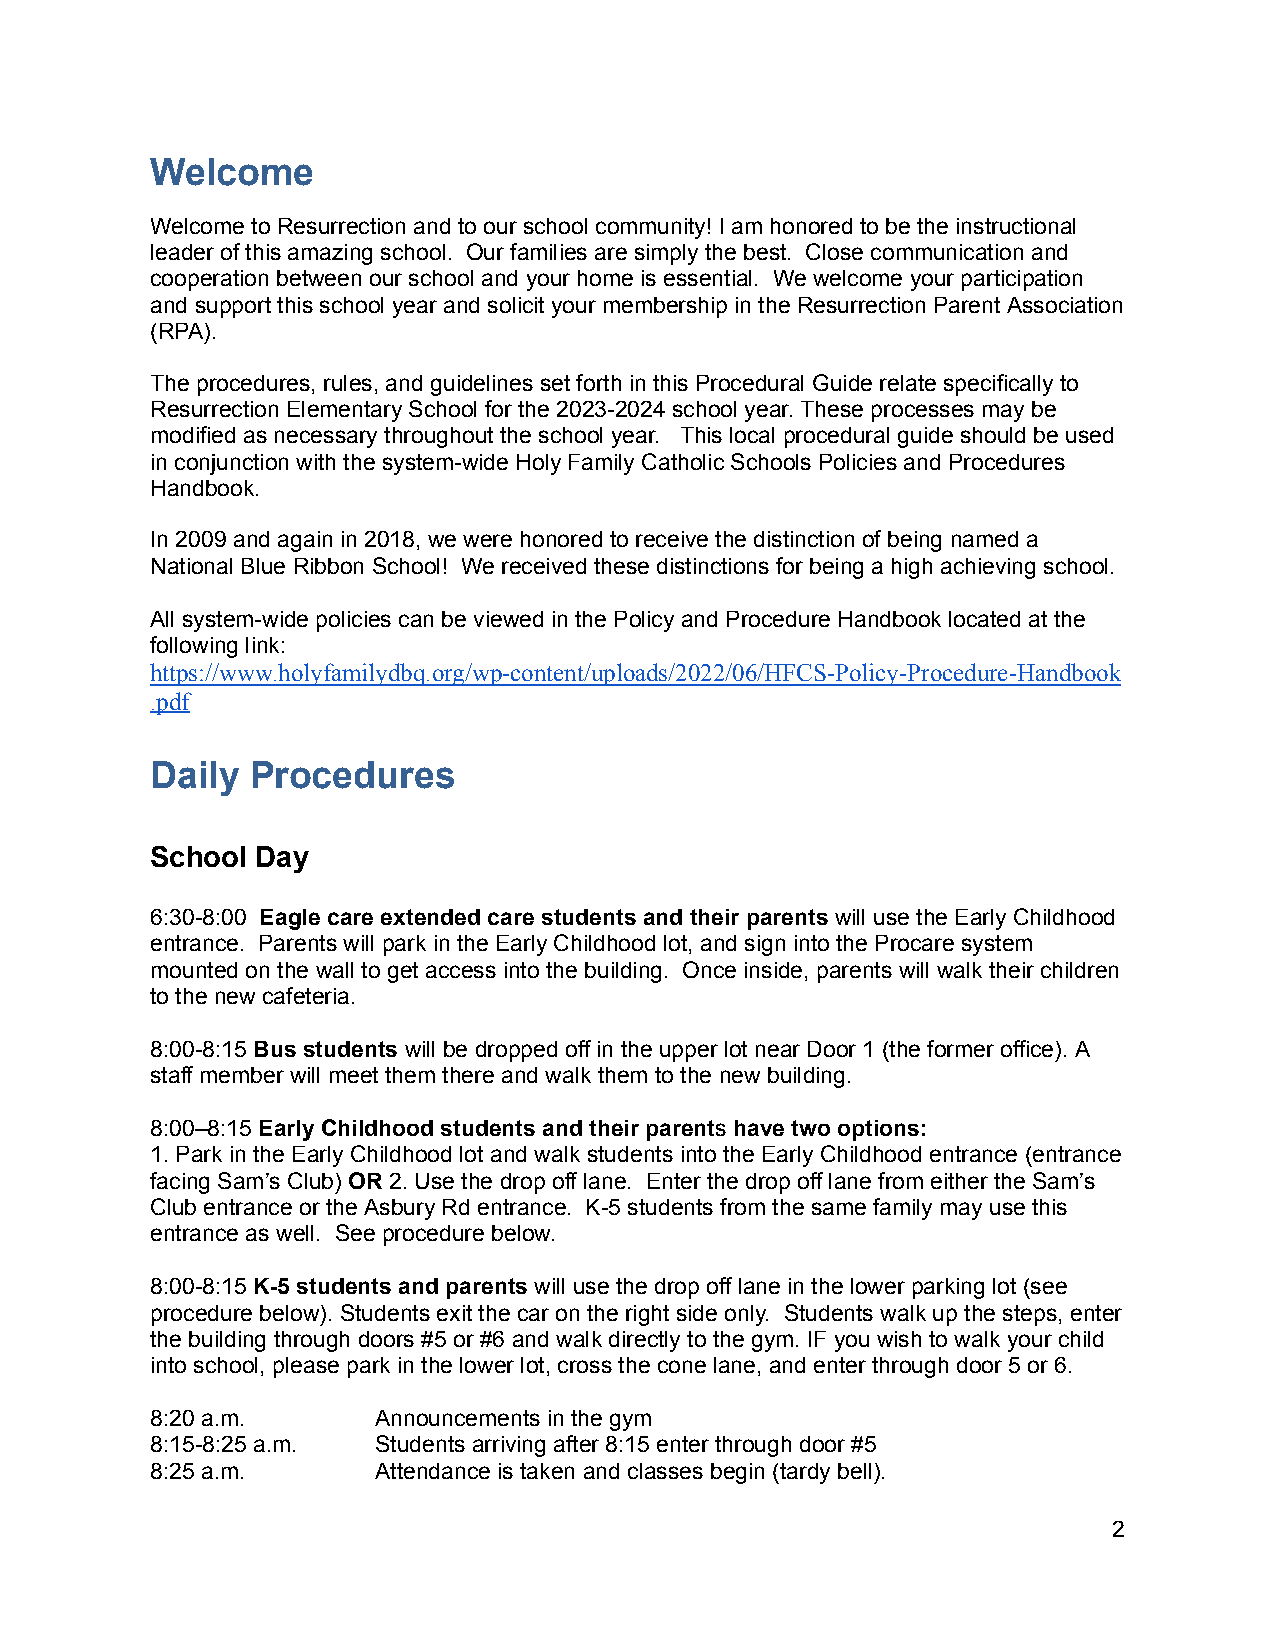
Welcome
 Welcome to Resurrection and to our school community! I am honored to be the instructional
 leader of this amazing school. Our families are simply the best. Close communication and
 cooperation between our school and your home is essential. We welcome your participation
 and support this school year and solicit your membership in the Resurrection Parent Association
 (RPA).
 The procedures, rules, and guidelines set forth in this Procedural Guide relate specifically to
 Resurrection Elementary School for the 2023-2024 school year. These processes may be
 modified as necessary throughout the school year. This local procedural guide should be used
 in conjunction with the system-wide Holy Family Catholic Schools Policies and Procedures
 Handbook.
 In 2009 and again in 2018, we were honored to receive the distinction of being named a
 National Blue Ribbon School! We received these distinctions for being a high achieving school.
 All system-wide policies can be viewed in the Policy and Procedure Handbook located at the
 following link:
 https://www.holyfamilydbq.org/wp-content/uploads/2022/06/HFCS-Policy-Procedure-Handbook
 .pdf
 Daily  Procedures
 School Day
 6:30-8:00 Eagle care extended care students and their parents will use the Early Childhood
 entrance. Parents will park in the Early Childhood lot, and sign into the Procare system
 mounted on the wall to get access into the building. Once inside, parents will walk their children
 to the new cafeteria.
 8:00-8:15 Bus students will be dropped off in the upper lot near Door 1 (the former office). A
 staff member will meet them there and walk them to the new building.
 8:00–8:15 Early Childhood students and their parents have two options:
 1. Park in the Early Childhood lot and walk students into the Early Childhood entrance (entrance
 facing Sam’s Club) OR 2. Use the drop off lane. Enter the drop off lane from either the Sam’s
 Club entrance or the Asbury Rd entrance. K-5 students from the same family may use this
 entrance as well. See procedure below.
 8:00-8:15 K-5 students and parents will use the drop off lane in the lower parking lot (see
 procedure below). Students exit the car on the right side only. Students walk up the steps, enter
 the building through doors #5 or #6 and walk directly to the gym. IF you wish to walk your child
 into school, please park in the lower lot, cross the cone lane, and enter through door 5 or 6.
 8:20 a.m.      Announcements in the gym
 8:15-8:25 a.m. Students arriving after 8:15 enter through door #5
 8:25 a.m.      Attendance is taken and classes begin (tardy bell).
 2